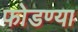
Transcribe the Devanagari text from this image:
फोडण्या